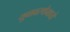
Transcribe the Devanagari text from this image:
युवावस्थेमध्ये